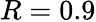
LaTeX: R=0.9